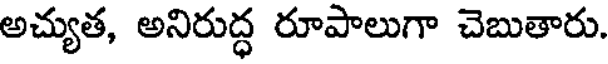
అచ్యుత, అనిరుద్ధ రూపాలుగా చెబుతారు.